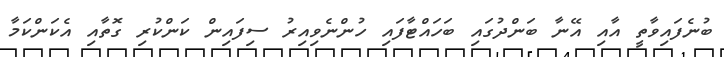
ބުނެފައިވާތީ އާއި އޭނާ ބަންދުގައި ބަހައްޓާފައި ހުންނެވިއިރު ސިފައިން ކަންކުރި ގޮތާއި އެކަންކަމާ